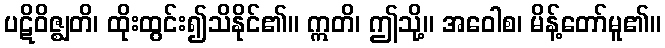
ပဋိဝိဇ္ဈတိ၊ ထိုးထွင်း၍သိနိုင်၏။ ဣတိ၊ ဤသို့။ အဝေါစ၊ မိန့်တော်မူ၏။